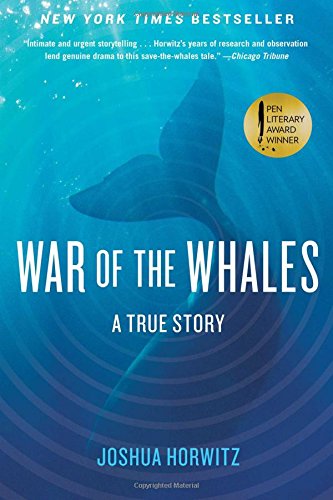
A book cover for War of the Whales: A True Story; Joshua Horwitz; Law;